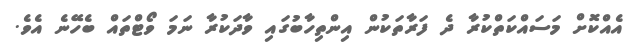
އެއްކޮށް މަސައްކަތްކުރާ ދެ ފަރާތަކުން އިންތިހާބުގައި ވާދަކުރާ ނަމަ ވޯޓްތައް ބެހޭނެ އެވެ.